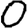
Digit: 0